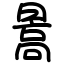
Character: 暠